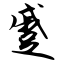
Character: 蹙